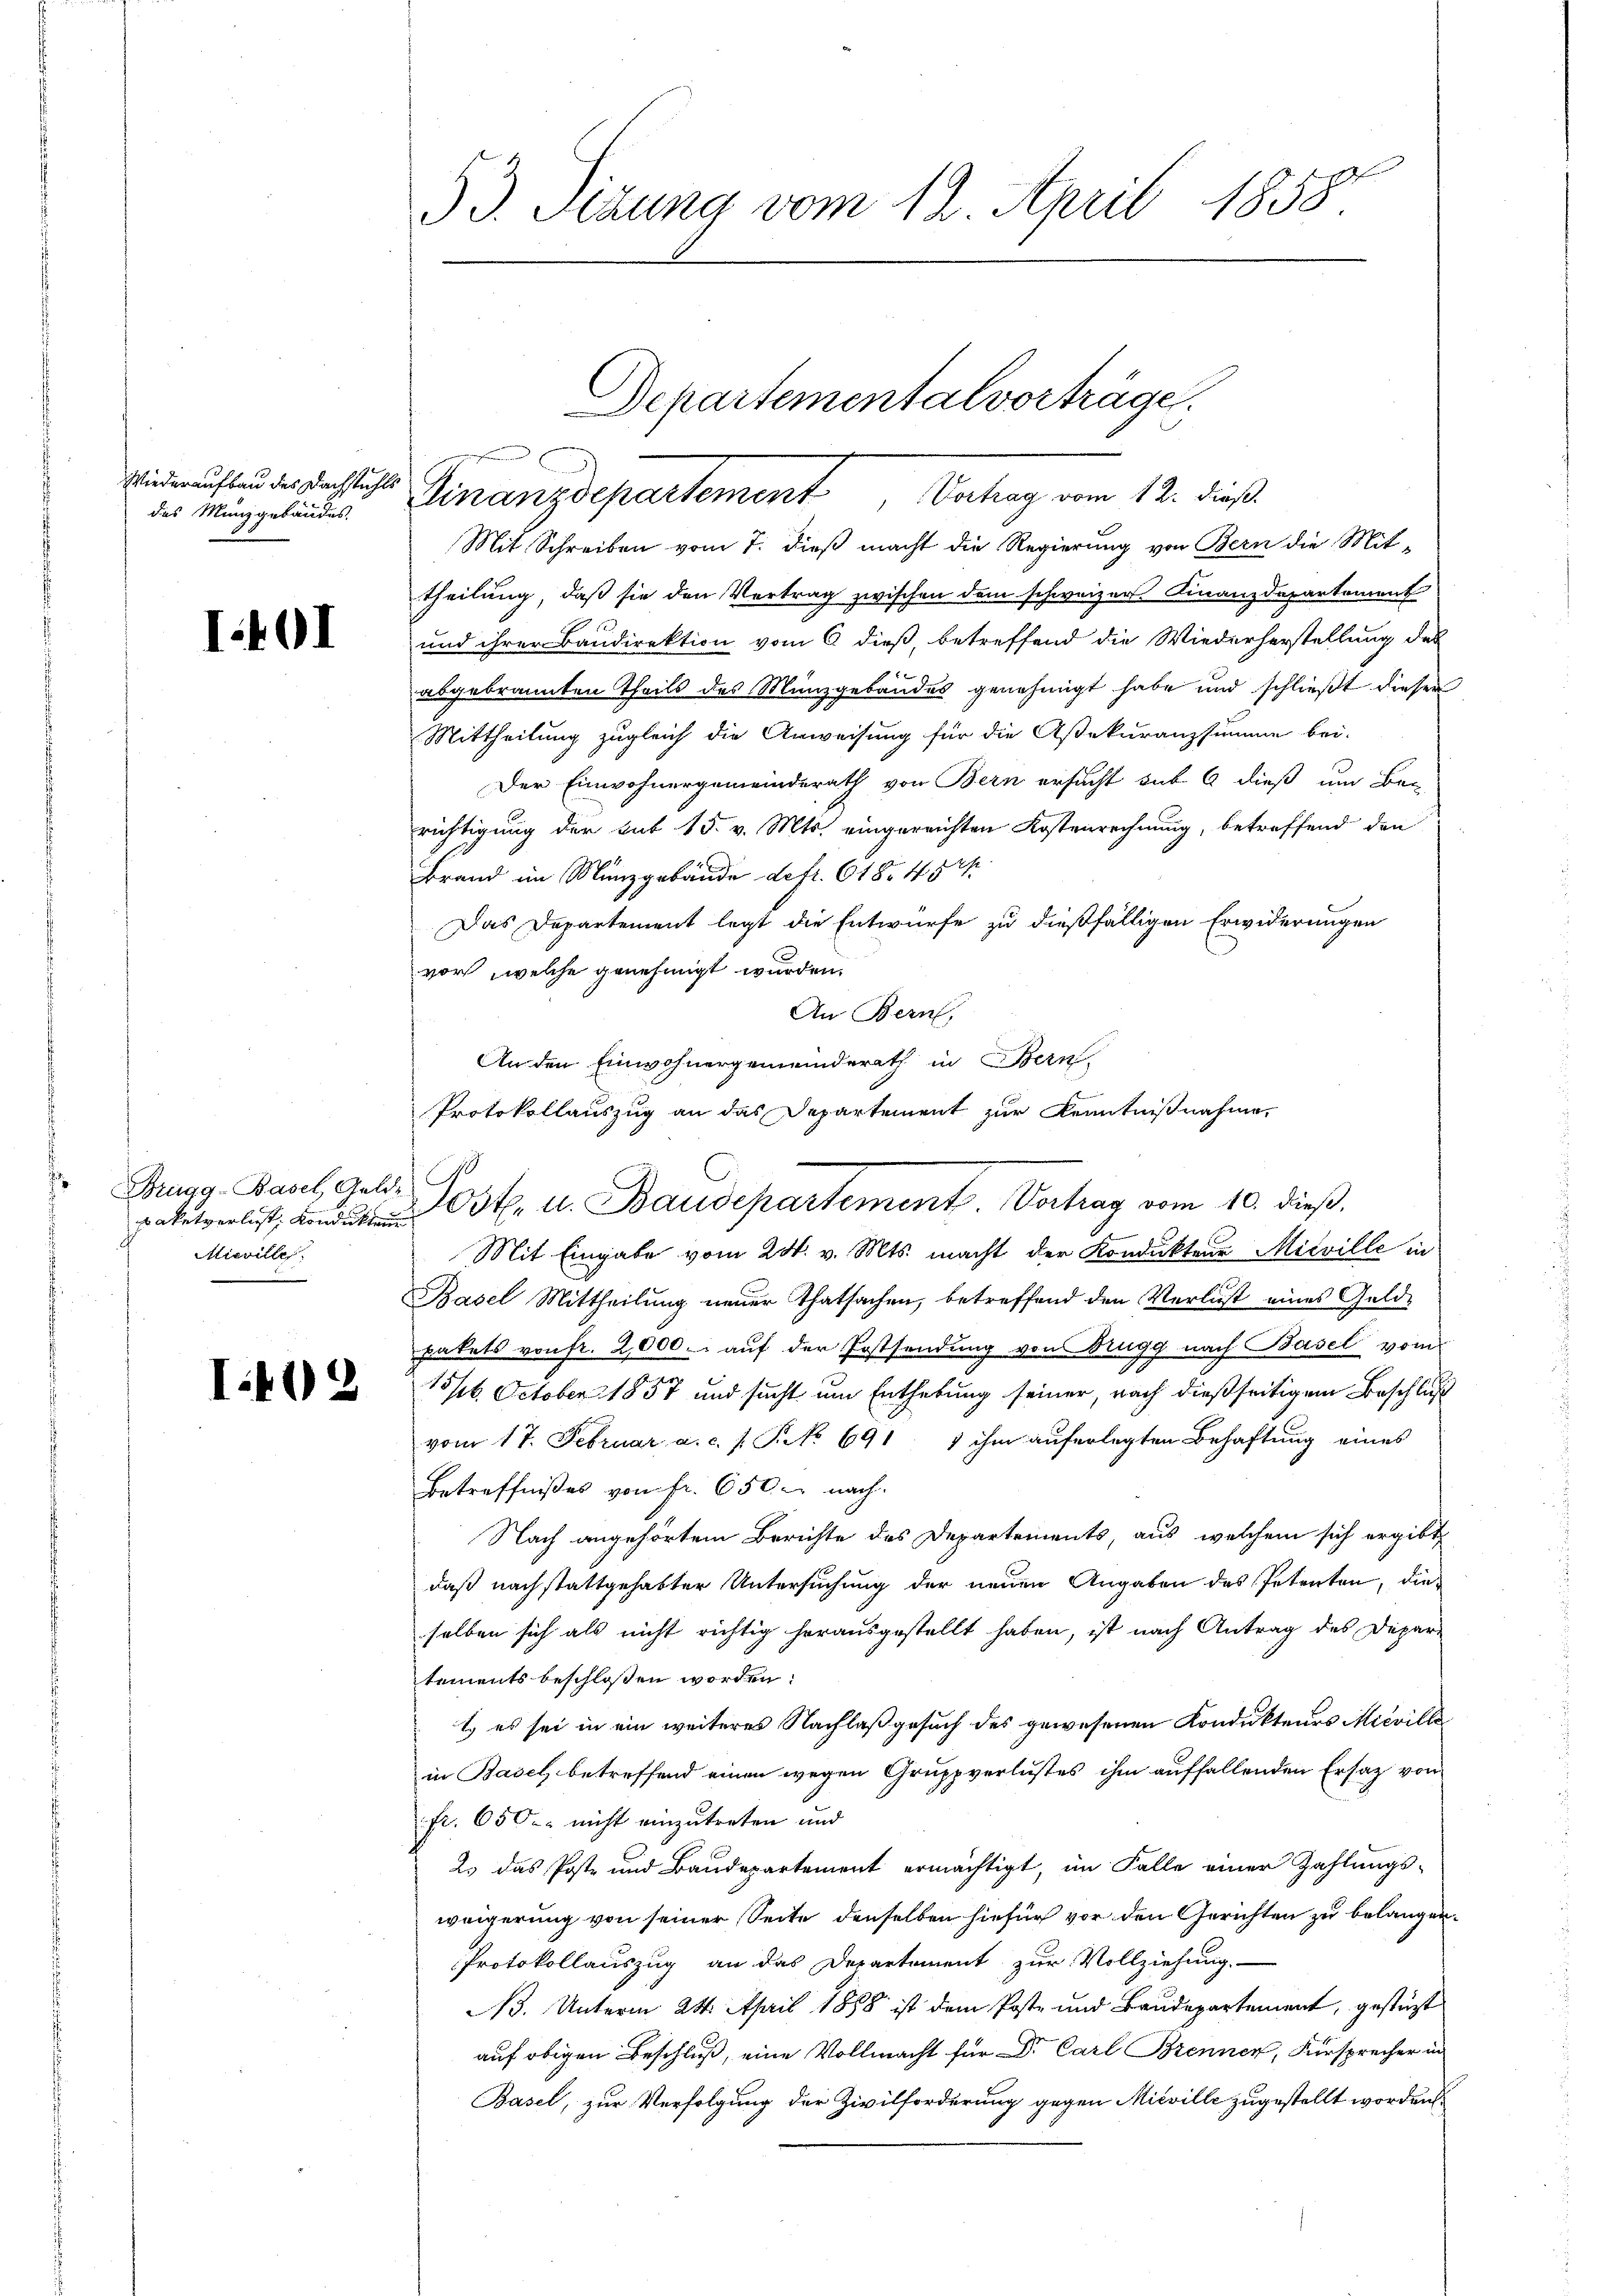
Wiederaufbau des Dachstuhl
des Münzgebäudes.

1

1

Brugg-Basel, Gelde
paketverlust, Kondukten
Mieville

I403

33. Sedung vom 12. April 1858.

Mit Schreiben vom 7. dieß macht die Regierung von Bern die Mittheilung, daß sie den Vertrag zwischen dem schweizer Finanzdepartement
und ihrer Baudirektion vom 6 dieß, betreffend die Wiederherstellung des
abgebrannten Theils des Münzgebäudes genehmigt habe und schließt dieser
Mittheilung zugleich die Anweisung für die Aßekuranzsumme bei.
Der Einwohnergemeinderath von Bern ersucht sub 6 dieß um Bei
richtigung der mit 15. v. Mts. eingereichten Kostenrechnung, betreffend den
Brand im Münzgebäude defr. 618. 45
Das Departement legt die Entwurfe zu dießfälligen Erwiderungen
vor, welche genehmigt wurden.
An Bern,
An den Einwohnergemeinderath in Bern,
Protokollauszug an das Departement zur Kenntnißnahme,
Mit Eingabe vom 24. v. Mts. macht der Kondukteur Misville in
Basel Mittheilung neuer Thatsachen, betreffend den Verlust eines Geldpakets von fr. 2,000. auf der Postsendung von Brugg nach Basel vom
15/6. October 1857 und sucht um Enthebung seiner, nach dießseitigem Beschluß
vom 17. Februar a. c. s. P. No 691 1 ihm auferlegten Behaftung eines
Betreffnißes von fr. 650 - nach.
Nach angehörtem Berichte des Departements, aus, welchem sich ergibt
daß nach stattgehabter Untersuchung der neuen Angaben des Petenten, die
selben sich als nicht richtig herausgestellt haben, ist nach Antrag des Depar-
tements beschlossen worden:
t es sei in ein weiteres Nachlaß gesuch des gewesenen Kondukteurs Mievilla
in Basel betreffend einen wegen Gruppverlustes ihm auffallenden Ersatz von
fr. 650. nicht einzutreten und
2. das Poste und Baudepartement ermächtigt, im Falle einer Zahlungs-
weigerung von seiner Seite denselben hiefür vor den Gerichten zu belangen.
Protokollauszug an das Departement zur Vollziehung.
N. Unterm 24. April 1888 ist dem Poste und Baudepartement, gestüzt
auf obigen Beschluß, eine Vollmacht für Dr. Carl Brenner, Fürsprecher in
Basel, zur Verfolgung der Zivilforderung gegen Mieville zugestellt worden

Departementalvorträge.
Gonanzdepartement Belag am 11. das

Post. u. Baudepartement Vertrag vom 10. dieß.